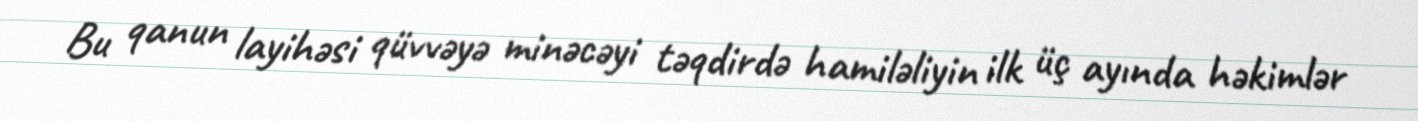
Bu qanun layihəsi qüvvəyə minəcəyi təqdirdə hamiləliyin ilk üç ayında həkimlər